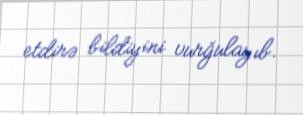
etdirə bildiyini vurğulayıb.